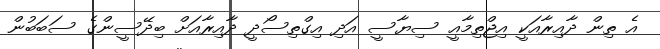
އެ ތިން ދާއިރާއަކީ އިޖްތިމާއީ ސިޔާސީ އަދި އިގްތިސޯދީ ދާއިރާއަށް ބިދޭސީންގެ ސަބަބުން